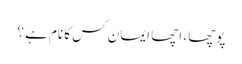
پوچھا ، اچھا ایمان کس کا نام ہے ؟